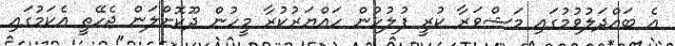
އެ ބައްދަލުވުމުގައި މަޝްވަރާ ކުރީ ފުލުހުން ހައްޔަރުކުރާ މީހުން ދޫކޮށްލަން ޖެހޭތީ އެކަމުގައި